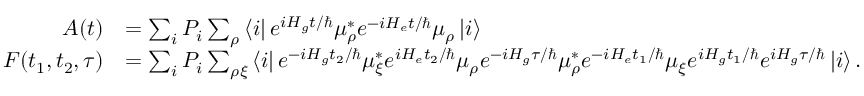
\begin{array} { r l } { A ( t ) } & { = \sum _ { i } P _ { i } \sum _ { \rho } \left\langle i \right\rvert e ^ { i H _ { g } t / \hbar } \mu _ { \rho } ^ { * } e ^ { - i H _ { e } t / \hbar } \mu _ { \rho } \left\lvert i \right\rangle } \\ { F ( t _ { 1 } , t _ { 2 } , \tau ) } & { = \sum _ { i } P _ { i } \sum _ { \rho \xi } \left\langle i \right\rvert e ^ { - i H _ { g } t _ { 2 } / \hbar } \mu _ { \xi } ^ { * } e ^ { i H _ { e } t _ { 2 } / \hbar } \mu _ { \rho } e ^ { - i H _ { g } \tau / \hbar } \mu _ { \rho } ^ { * } e ^ { - i H _ { e } t _ { 1 } / \hbar } \mu _ { \xi } e ^ { i H _ { g } t _ { 1 } / \hbar } e ^ { i H _ { g } \tau / \hbar } \left\lvert i \right\rangle . } \end{array}